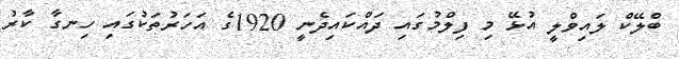
ބްލޭކް ލައިވްލީ އުޅޭ މި ފިލްމުގައި ދައްކައިދެނީ 1920ގެ އަހަރުތަކުގައި ހިނގާ ކާރު